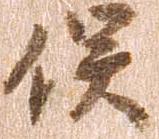
俣